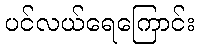
ပင်လယ်ရေကြောင်း